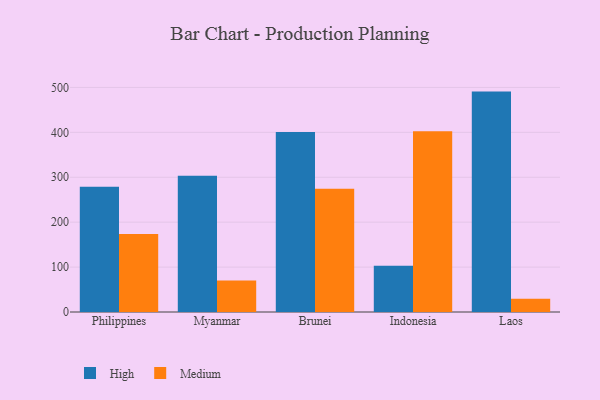
{"axis": {"x": "Country", "y": "Tickets Resolved"}, "legend": ["High", "Medium"], "data": [{"x": "Philippines", "y": 279.1, "type": "High"}, {"x": "Philippines", "y": 173.7, "type": "Medium"}, {"x": "Myanmar", "y": 303.6, "type": "High"}, {"x": "Myanmar", "y": 70.2, "type": "Medium"}, {"x": "Brunei", "y": 400.8, "type": "High"}, {"x": "Brunei", "y": 274.3, "type": "Medium"}, {"x": "Indonesia", "y": 102.8, "type": "High"}, {"x": "Indonesia", "y": 402.7, "type": "Medium"}, {"x": "Laos", "y": 490.7, "type": "High"}, {"x": "Laos", "y": 29.3, "type": "Medium"}]}